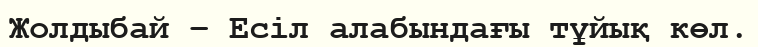
Жолдыбай – Есіл алабындағы тұйық көл.